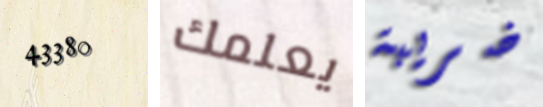
43380 يعلمك ضريبة